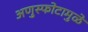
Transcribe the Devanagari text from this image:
अणुस्फोटामुळे